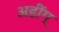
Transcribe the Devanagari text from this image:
अडींग्